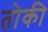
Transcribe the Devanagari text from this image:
तोकी